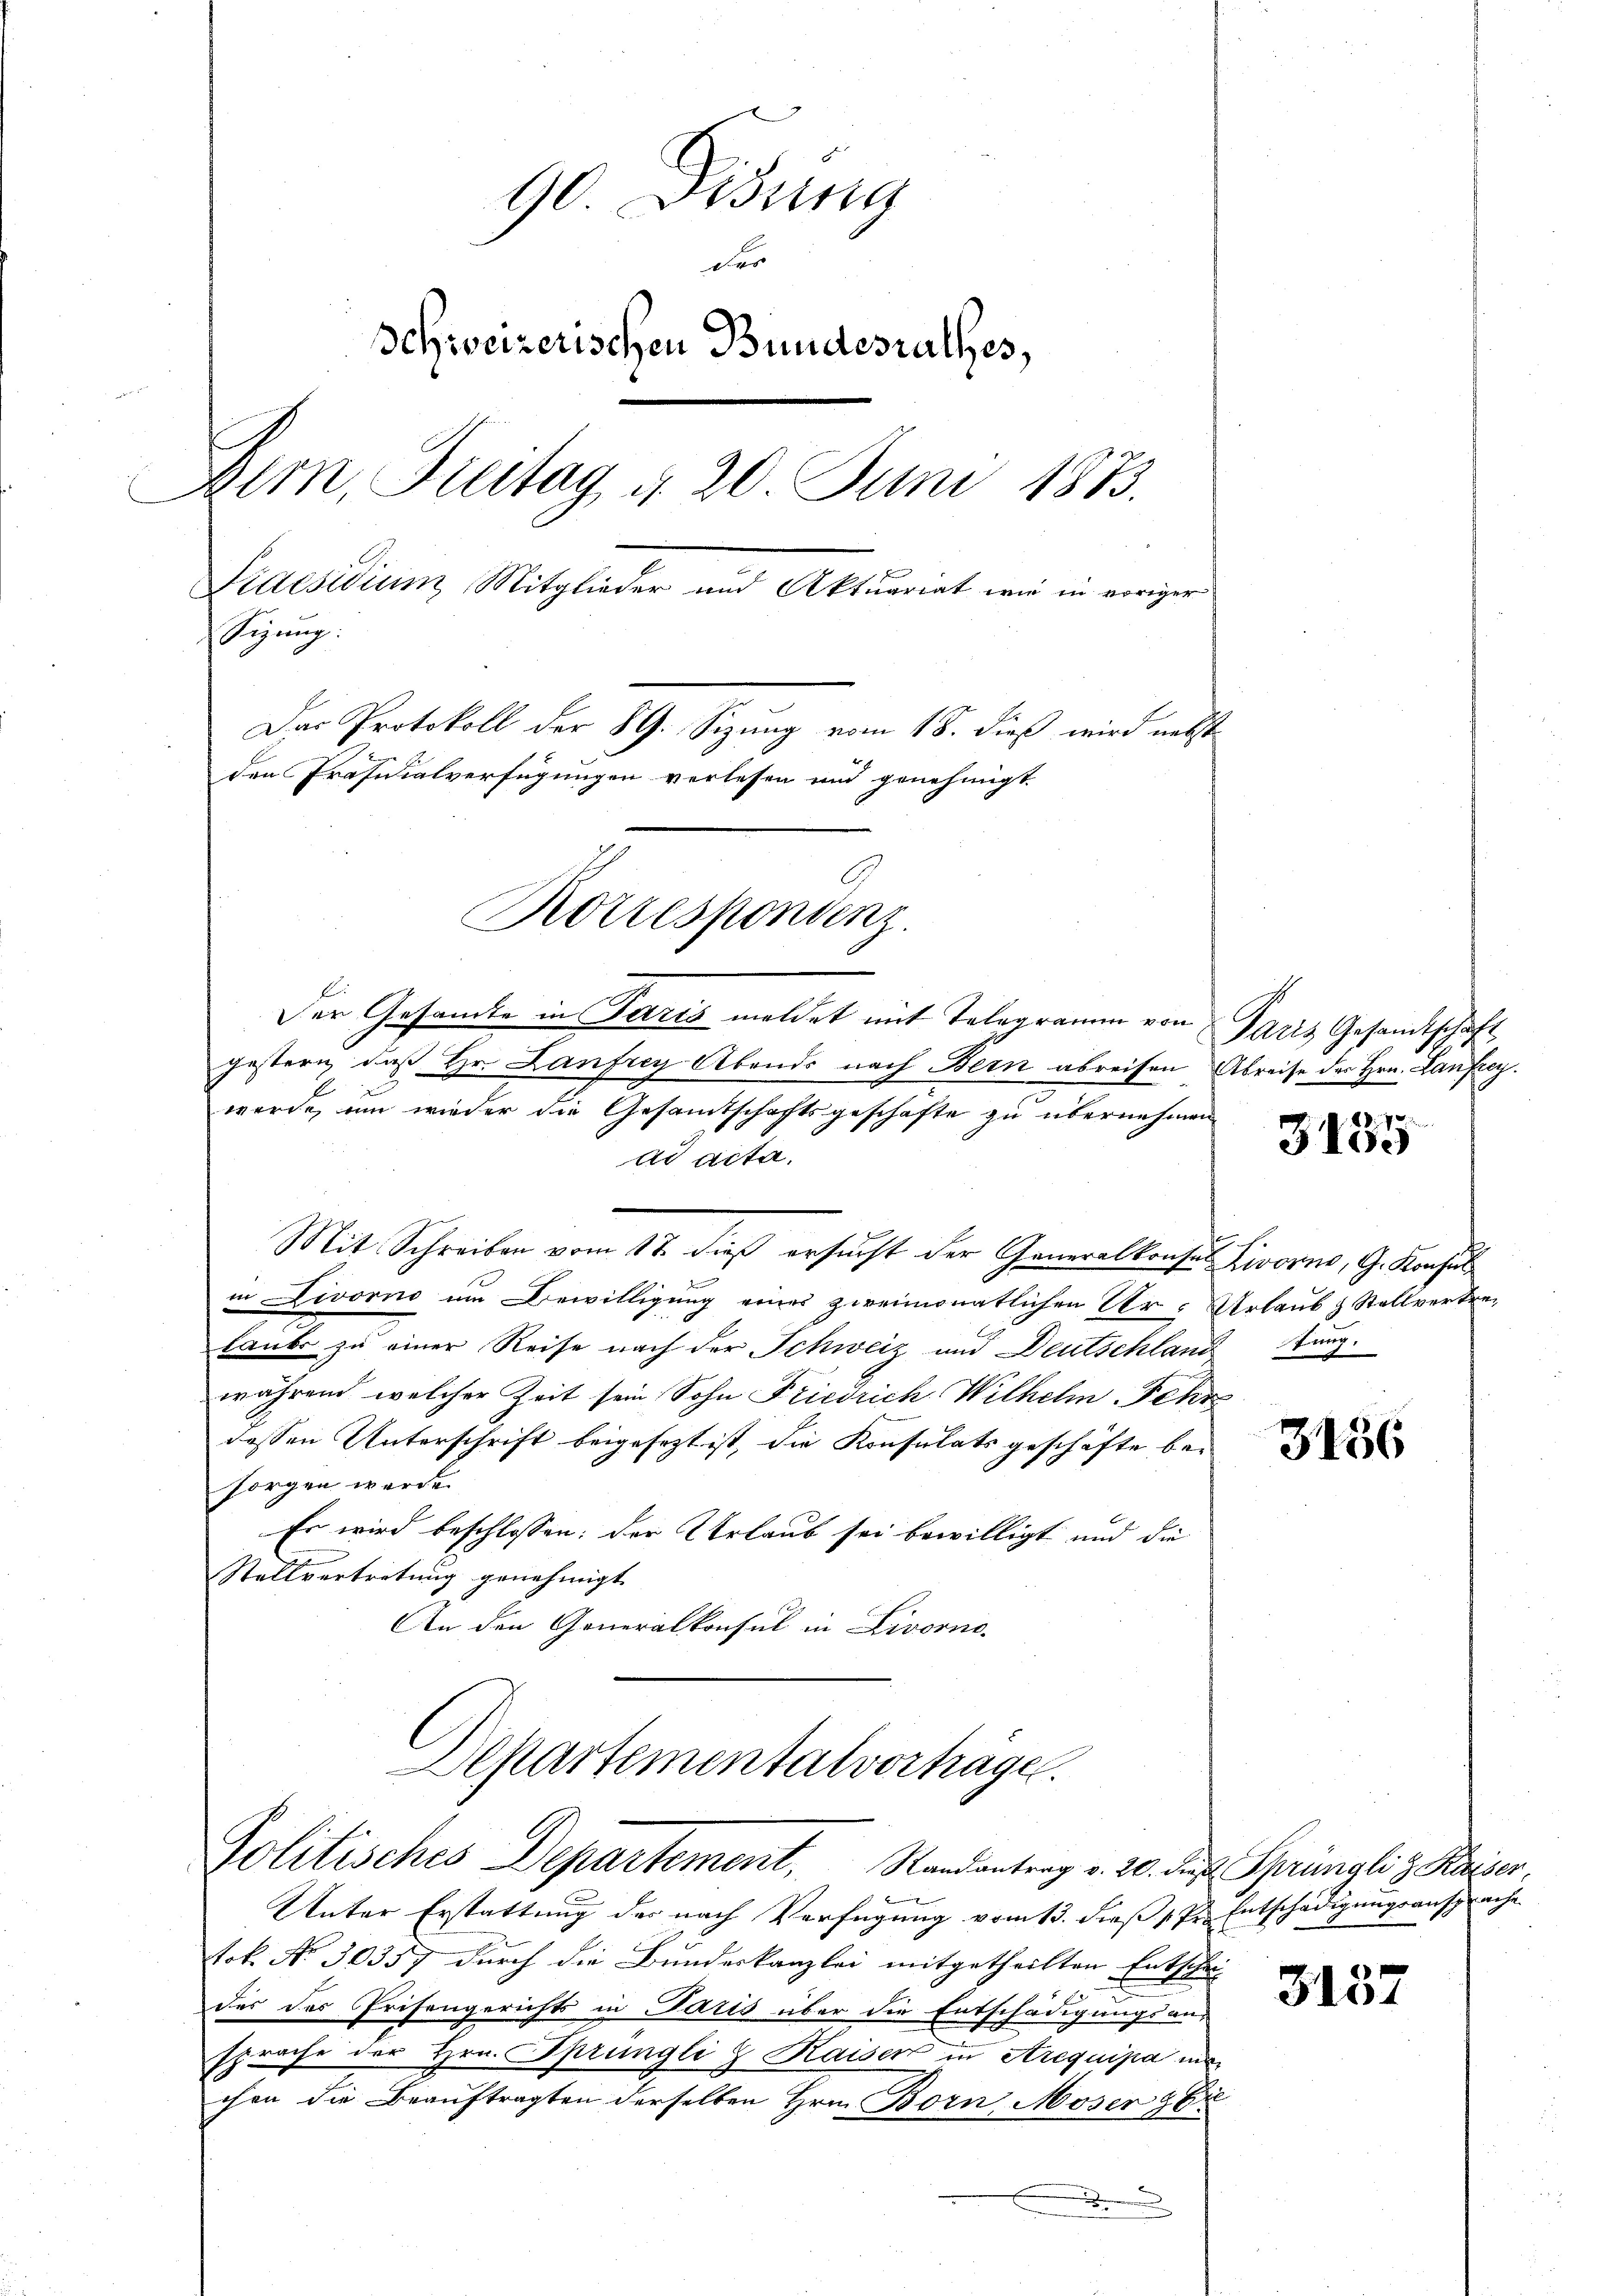
90 Disung
der
Schweizerischen Bundesrathes,
Bern, Suitag § 20 Juni 1883.
Praesidium Mitglieder und Aktuariat wie in voriger
Sizung:
Das Protokoll der 89. Sizung vom 18. dieß wird nebst
den Präfuialverfügungen verlesen und genehmigt.
Korrespondenz.
Der Gesamte in Paris meldet mit Telegramm von Paris Gesandtschaft
gestern, daß Hr. Lanfrey Abends nach Bern abreisen Abreise des Hrn. Laufrey
fx
wurde, um wieder die Gesamtschaftsgeschäfte zu übernehmen.

Mit Schreiben vom 17. dieß ersucht der Generalkonsen
in Livorno um Bewilligung eines zweimonatlichen Ur-
laube zu einer Reise nach der Schweiz und Deutschlan
während, welcher Zeit sein Sohn Friedrich Wilhelm Fehr
dessen Unterschrift beigesezt ist, die Konsulats geschäfte besorgen werde.
Es wird beschlossen: der Urlaub sei bewilligt und die
Stallvertretung genehmigt.
An den Generalkonsul in Livorno.
Departementalverhäge
Politisches Departement, Randantrag v. 20. die Sprüngli v. Kaiser
d
Unter Erstattung des nach Verfügung vom 13. dieß pp. Entschädigungsansprache
tok. No. 30357 durch die Bundeskanzlei mitgetheilten Entsche
des des Prisengerichts in Paris über die Entschädigungsan-
sprache der Hrn. Sprüngli & Kaiser in Arequipa in
chen die Beauftragten derselben Hrn. Born Moser 26.
.

ad acta,

3135

Livorno, G. Konsul
Urlaub & Stellvertredtung.

3156

3137